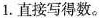
1.直接写得数。